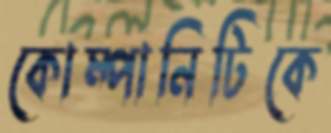
কোম্পানিটিকে